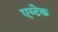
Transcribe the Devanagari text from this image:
एम्टेक